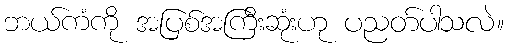
ဘယ်ကံကို အပြစ်အကြီးဆုံးဟု ပညတ်ပါသလဲ။